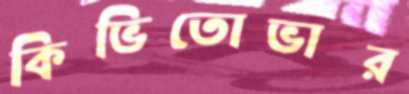
কিভিতোভার